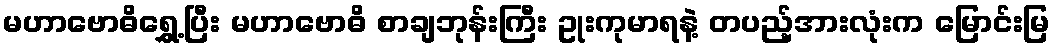
မဟာဗောဓိရွှေ့ပြီး မဟာဗောဓိ စာချဘုန်းကြီး ဥုးကုမာရနဲ့ တပည့်အားလုံးက မြောင်းမြ